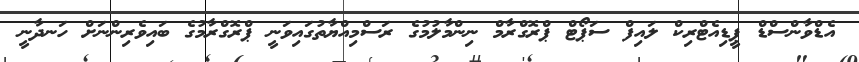
އެޑްވާންސްޑް ޕީޑިއެޓްރިކް ލައިފް ސަޕޯޓް ޕްރޮގްރާމް ނިންމާލުމުގެ ރަސްމިއްޔާތުގައިވަނީ ޕްރޮގްރާމުގެ ބައިވެރިންނަށް ހަނދާނީ